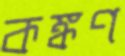
কঙ্কণ